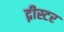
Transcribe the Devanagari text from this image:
द्नीस्टर